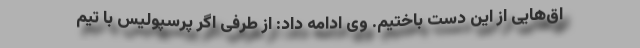
اق‌هایی از این دست باختیم. وی ادامه داد: از طرفی اگر پرسپولیس با تیم